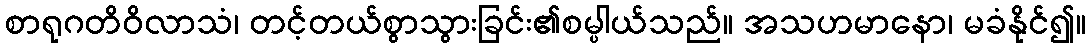
စာရုဂတိဝိလာသံ၊ တင့်တယ်စွာသွားခြင်း၏စမ္ပါယ်သည်။ အသဟမာနော၊ မခံနိုင်၍။